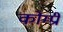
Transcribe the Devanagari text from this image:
कोम्प्री